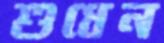
শুধেন